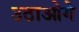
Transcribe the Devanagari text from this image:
उठाओगे